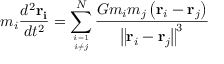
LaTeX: m _ { i } { \frac { d ^ { 2 } \mathbf { r _ { i } } } { d t ^ { 2 } } } = \sum _ { i = 1 \atop i \neq j } ^ { N } { \frac { G m _ { i } m _ { j } \left( \mathbf { r } _ { i } - \mathbf { r } _ { j } \right) } { \left\| \mathbf { r } _ { i } - \mathbf { r } _ { j } \right\| ^ { 3 } } }